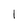
Character: 1